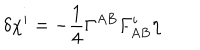
\delta \chi ^ { i } = - { \frac { 1 } { 4 } } \Gamma ^ { A B } F _ { A B } ^ { i } \eta